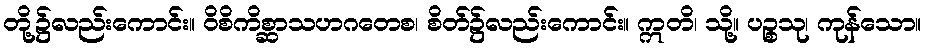
တို့၌လည်းကောင်း။ ဝိစိကိစ္ဆာသဟဂတေစ၊ စိတ်၌လည်းကောင်း။ ဣတိ၊ သို့။ ပဉ္စသု၊ ကုန်သော။